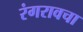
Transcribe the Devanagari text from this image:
रंगरावचा